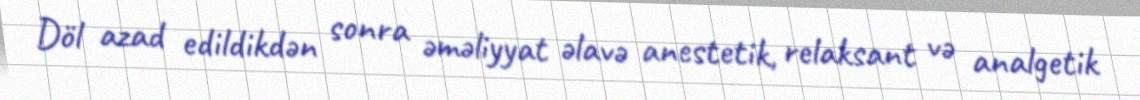
Döl azad edildikdən sonra əməliyyat əlavə anestetik, relaksant və analgetik